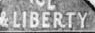
LIBERTY